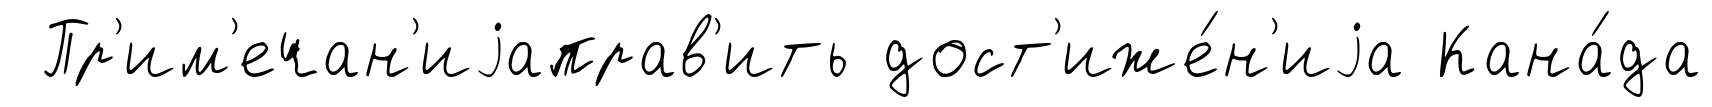
Пр'им'ечан'иjаправ'ить дост'иже́н'иjа Кана́да